Elephants and their diseases
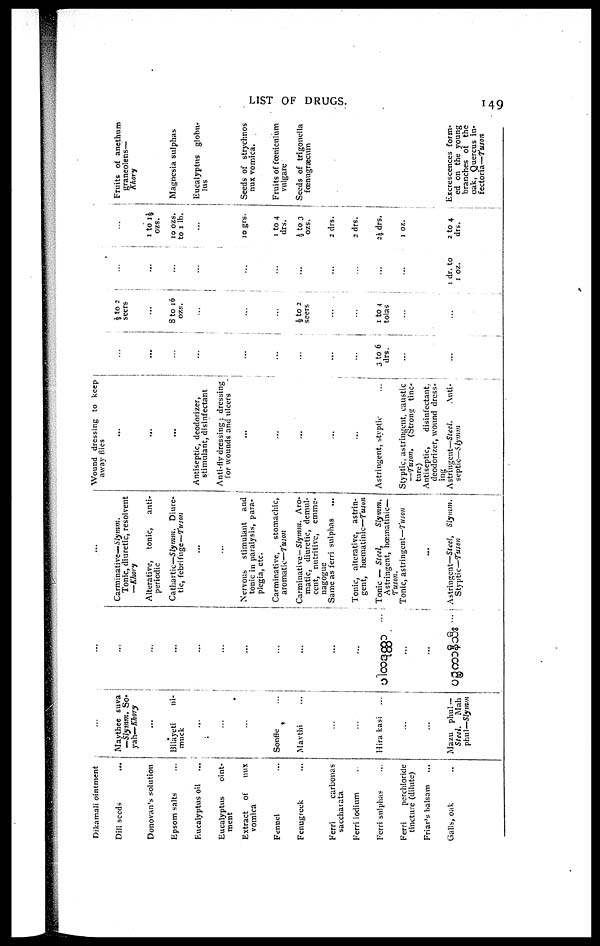
LIST OF DRUGS.
149
Dikamali ointment
Dill seeds
Donovan's solution
Epsom salts
Eucalyptus oil
Eucalyptus
oint¬
ment
Extract
of
nux
vomica
Fennel
Fenugreek
Ferri
carbonas
saccharata
Ferri iodium
Ferri sulphas
Ferri
perchloride
tincture (dilute)
Friar's balsam
Galls, oak
...
Maythee suva
—Slymm. So¬
yah—Khory
...
Bilayeti
ni¬
muck
...
...
...
Sonffe
Mavthi
...
...
Hira kasi
...
...
Mazu phul —
Steel.
Mah
phul—Slymm
...
...
....
...
...
...
....
...
...
...
...
...
...
...
Carminative—Slymm,
Tonic, diuretic, resolvent
—Khory
Alterative,
tonic,
anti¬
periodic
Cathartic—Slymm. Diure¬
tic, febrifuge—Tuson
...
...
Nervous
stimulant
and
tonic in paralysis, para¬
plegia, etc.
Carminative,
stomachic,
aromatic—fuson
Carminative -Slymm.
Aro¬
matic, diuretic, demul¬
cent, nutritive, emme¬
nagogue
Same as ferri sulphas
Tonic, alterative, astrin¬
gent,
hœmatinic—fuson
Tonic — Steel,
Slymm.
Astringent, hœmatinic—
Tuson.
Tonic, astringent—Tuson
....
Astringent—Steel,
Slymm.
Styptic—Tuson
Wound dressing to keep
away flies
...
...
...
Antiseptic, deodorizer,
stimulant, disinfectant
Anti-fly dressing: dressing
for wounds and ulcers
...
...
...
...
....
Astringent, styptic
...
Styptic, astringent, caustic
—Tuson.
(Strong
tinc¬
ture)
Antiseptic,
disinfectant,
deodorizer, wound dress- ;
ing
Astringent—Steel. Anti¬
septic—Slymm
...
...
...
...
...
3 to 6
drs.
...
...
½ to 2
seers
...
8 to 16
ozs.
...
½ to 2
seers
...
1 to 4
tolas
...
...
...
...
...
...
1 dr. to
1 oz
...
1 to 1½
ozs.
10
ozs.
to 1 lb.
....
10 grs.
1 to 4
drs.
½ to 3
ozs.
2 drs.
2 drs.
2½ drs.
1 oz.
2 to 4
drs.
Fruits of anethum
graneolens—
Khory
Magnesia sulphas
Eucalyptus globu¬
lus
Seeds of strychnos
nux vomica.
Fruits of fœniculum
vulgare
Seeds of trigonella
fœnugraecum
Excrescences form¬
ed on the young
branches of the
oak, Quercus in¬
fectoria—Tuson